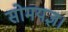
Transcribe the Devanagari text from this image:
सोमयज्ञ।